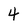
Character: 4